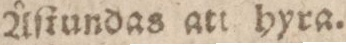
Åſtundas att hyra.